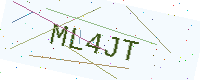
Text: ML4JT